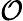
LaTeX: {\cal O}